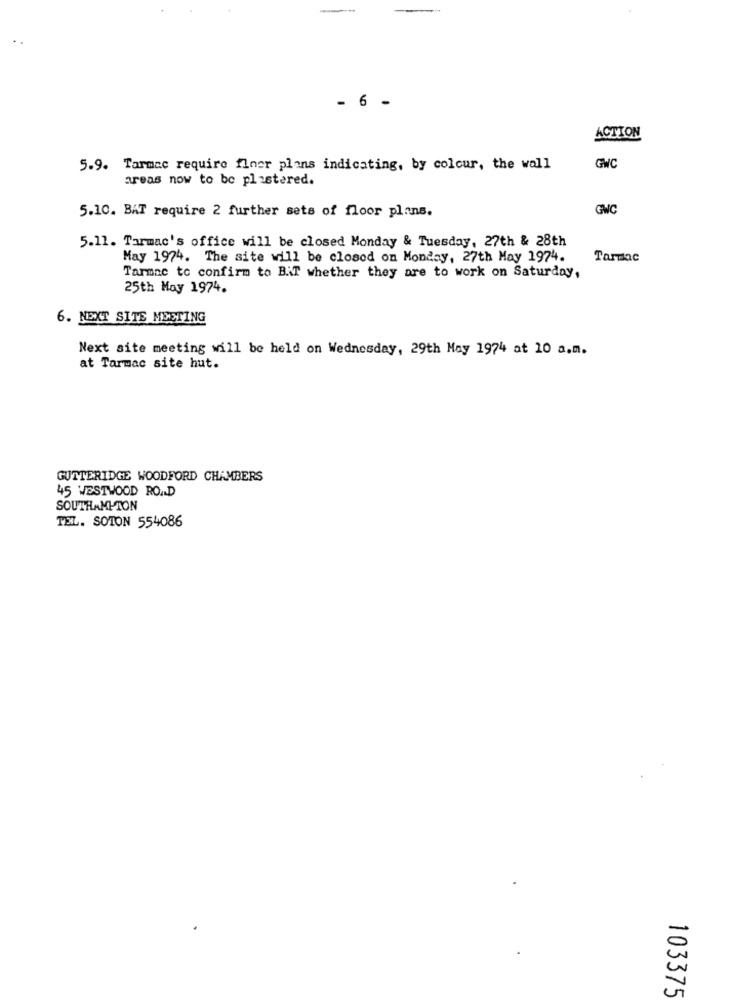
- 6 -
ACTION
5.9. Tarmac require floor plans indicating, by colour, the wall
GWC
areas now to be plastered.
GWC
5.10. BAT require 2 further sets of floor plans.
5.11. Tarmac's office will be closed Monday & Tuesday, 27th & 28th
May 1974. The site will be closed on Monday, 27th May 1974.
Tarmac
Tarmac to confirm to B.T whether they are to work on Saturday,
25th May 1974.
6. NEXT SITE MEETING
Next site meeting will be held on Wednesday, 29th May 1974 at 10 a.m.
at Tarmac site hut.
GUTTERIDGE WOODFORD CHAMBERS
45 WESTWOOD ROAD
SOUTHAMPTON
TEL. SOTON 554086
103375